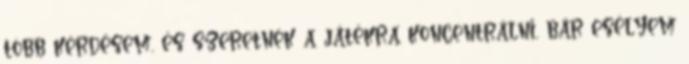
több kérdésem, és szeretnék a játékra koncentrálni, bár esélyem